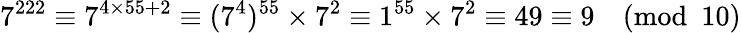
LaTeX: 7^{222}\equiv 7^{4\times 55+2}\equiv(7^{4})^{55}\times 7^{2}\equiv 1^{55}\times 7^{2}\equiv 49\equiv 9{\pmod{10}}